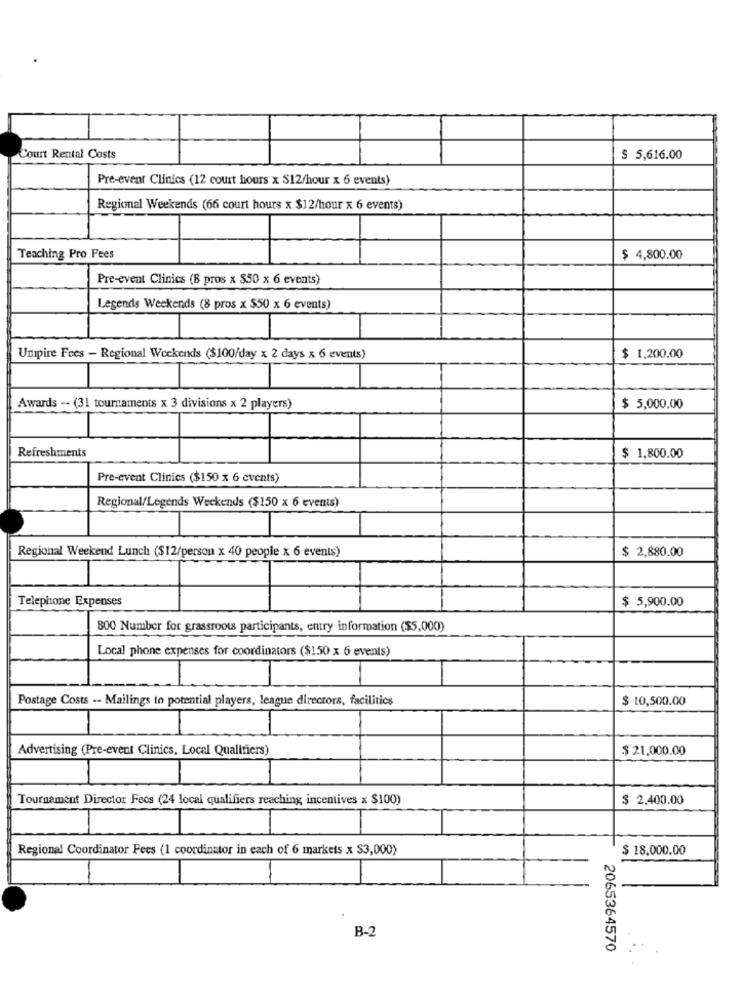
Court Rental Costs
$ 5,616.00
Pre-event Clinics (12 court hours x S12/hour x 6 events)
Regional Weekends (66 court hours x $12/hour x 6 events)
Teaching Pro Fees
$ 4,800.00
Pre-event Clinics (8 pros x $50 x 6 events)
Legends Weekends (8 pros x $50 x 6 events)
Umpire Fees - Regional Weekends ($100/day x 2 days x 6 events)
$ 1,200.00
Awards -- (31 tournaments x 3 divisions x 2 players)
$ 5,000.00
Refreshments
$ 1,800.00
Pre-event Clinics ($150 x 6 events)
Regional/Legends Weekends ($150 x 6 events)
Regional Weekend Lunch ($12/person x 40 people x 6 events)
$ 2,880.00
Telephone Expenses
$ 5,900.00
800 Number for grassroots participants, entry information ($5,000)
Local phone expenses for coordinators ($150 x 6 events)
Postage Costs -- Mailings to potential players, league directors, facilitics
$ 10,500.00
Advertising (Pre-event Clinics, Local Qualitiers)
$ 21,000.00
Tournament Director Fecs (24 local qualifiers reaching, incentives x $100)
$ 2,400.00
Regional Coordinator Fees (1 coordinator in each of 6 markets x $3,000)
$ 18,000.00
B-2
2065364570